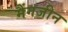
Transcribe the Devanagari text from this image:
मैंगजीन